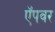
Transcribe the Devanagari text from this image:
ऍपवर